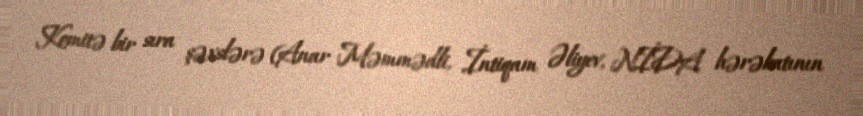
Komitə bir sıra şəxslərə (Anar Məmmədli, İntiqam Əliyev, NİDA hərəkatının